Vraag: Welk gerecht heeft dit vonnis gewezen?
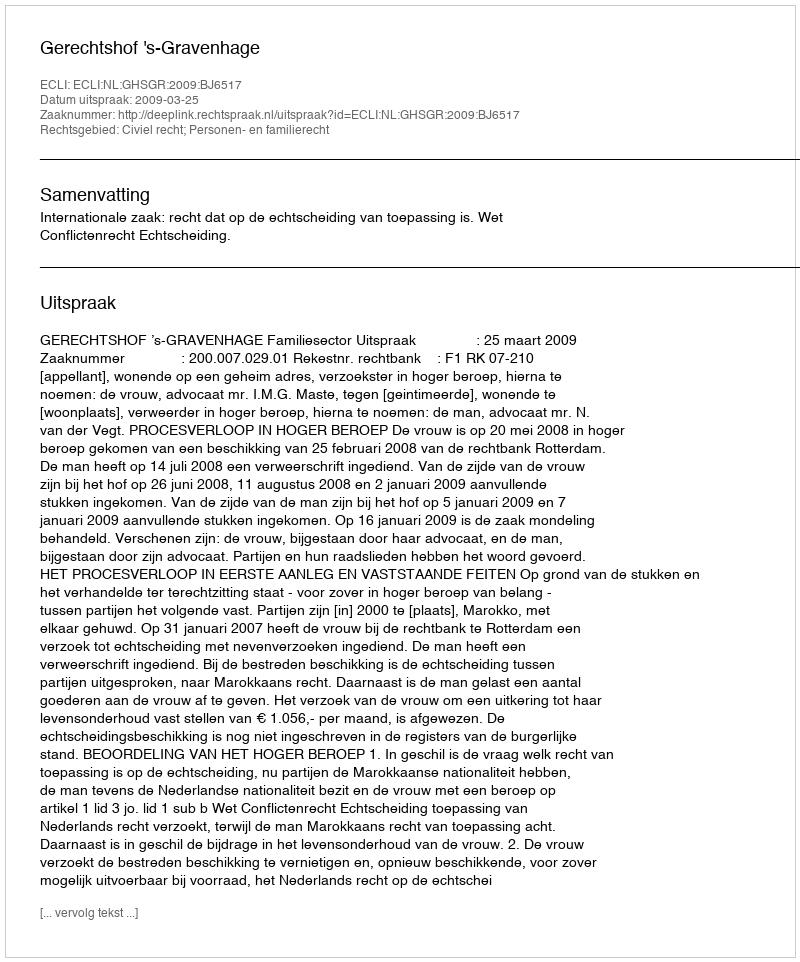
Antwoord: Gerechtshof 's-Gravenhage